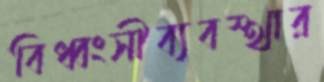
বিধ্বংসীব্যবস্থার